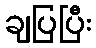
ချပြပြီး